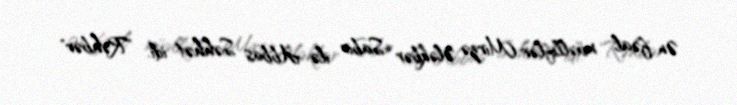
Ən fəal müəlliflər Mirzə Ələkbər Sabir ilə Abbas Səhhət idi. "Rəhbər"